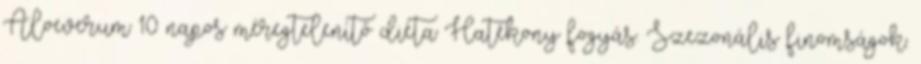
Aloeverum 10 napos méregtelenítő diéta Hatékony fogyás. Szezonális finomságok.